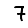
Digit: 7